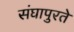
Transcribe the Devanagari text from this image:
संघापुरते